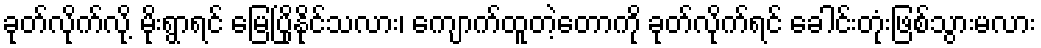
ခုတ်လိုက်လို့ မိုးရွာရင် မြေပြိုနိုင်သလား၊ ကျောက်ထူတဲ့တောကို ခုတ်လိုက်ရင် ခေါင်းတုံးဖြစ်သွားမလား